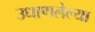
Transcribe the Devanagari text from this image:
उधाणलेल्‍या